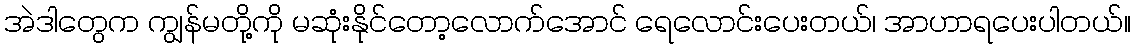
အဲဒါတွေက ကျွန်မတို့ကို မဆုံးနိုင်တော့လောက်အောင် ရေလောင်းပေးတယ်၊ အာဟာရပေးပါတယ်။